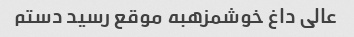
عالی داغ خوشمزهبه موقع رسید دستم